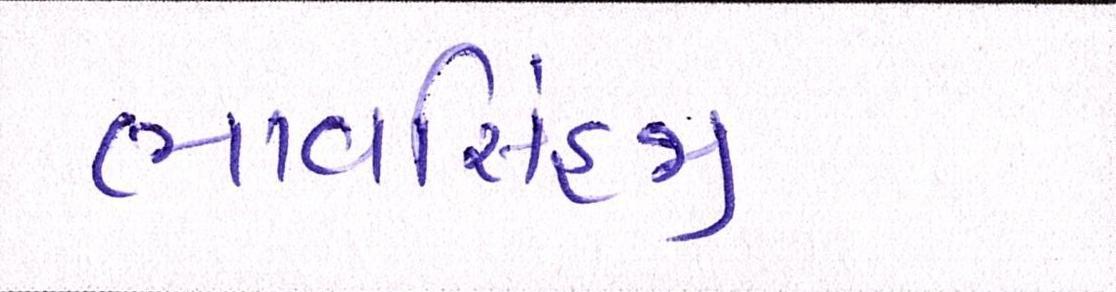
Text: ભાવસિંહજી